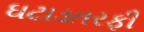
ઘટાડતરફી